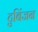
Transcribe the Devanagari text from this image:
टुबिंजन